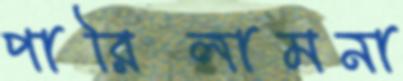
পারিলামনা